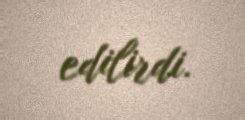
edilirdi.